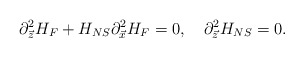
\begin{align*}\partial^{2}_{\vec{z}}H_{F}+H_{NS}\partial^{2}_{\vec{x}}H_{F}=0, \ \ \ \partial^2_{\vec{z}}H_{NS}=0.\end{align*}